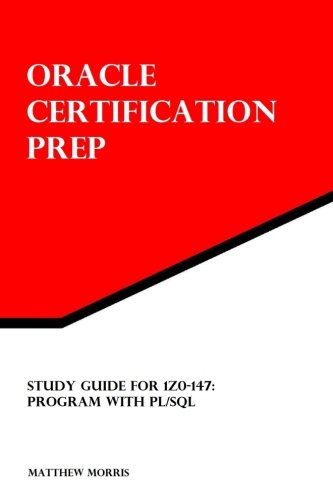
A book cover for Study Guide for 1Z0-147: Program with PL/SQL: Oracle Certification Prep; Matthew R Morris; Computers & Technology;